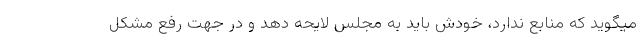
میگوید که منابع ندارد، خودش باید به مجلس لایحه دهد و در جهت رفع مشکل